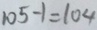
1 0 5 - 1 = 1 0 4